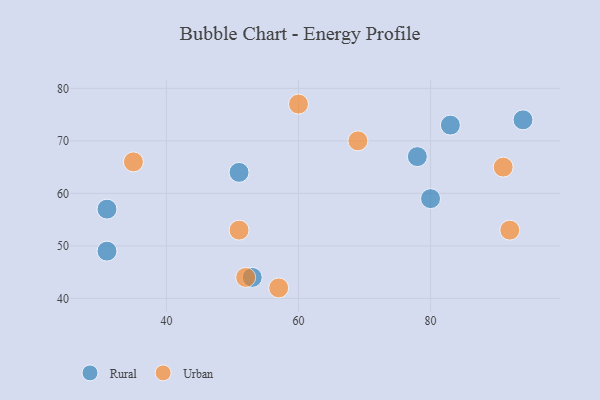
{"axis": {"x": "GDP", "y": "Life Expectancy"}, "legend": ["Rural", "Urban"], "data": [{"x": "78", "y": 67, "type": "Rural"}, {"x": "31", "y": 57, "type": "Rural"}, {"x": "31", "y": 49, "type": "Rural"}, {"x": "83", "y": 73, "type": "Rural"}, {"x": "80", "y": 59, "type": "Rural"}, {"x": "53", "y": 44, "type": "Rural"}, {"x": "94", "y": 74, "type": "Rural"}, {"x": "51", "y": 64, "type": "Rural"}, {"x": "92", "y": 53, "type": "Urban"}, {"x": "52", "y": 44, "type": "Urban"}, {"x": "60", "y": 77, "type": "Urban"}, {"x": "69", "y": 70, "type": "Urban"}, {"x": "91", "y": 65, "type": "Urban"}, {"x": "51", "y": 53, "type": "Urban"}, {"x": "57", "y": 42, "type": "Urban"}, {"x": "35", "y": 66, "type": "Urban"}]}